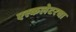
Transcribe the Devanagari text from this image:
एस्कलेटरचा